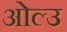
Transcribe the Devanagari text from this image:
ओल्‍उ